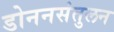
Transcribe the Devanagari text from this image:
डोननसंतुलन